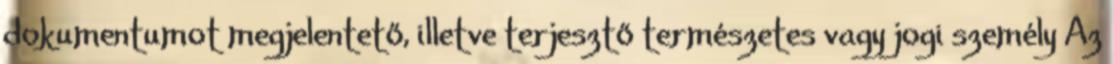
dokumentumot megjelentető, illetve terjesztő természetes vagy jogi személy Az